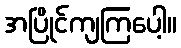
အပြိုင်ကျကြပေါ့။